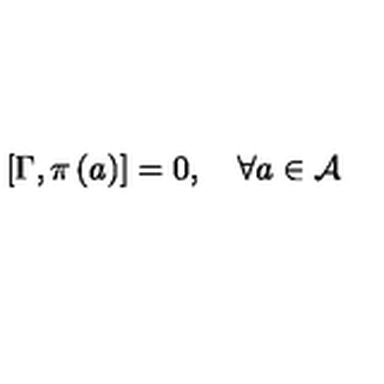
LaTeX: \left[ \Gamma , \pi \left( a \right) \right] = 0 , \quad \forall a \in \mathcal { A }